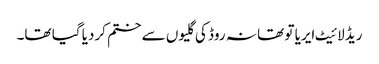
ریڈ لائیٹ ایریا تو تھا نہ روڈ کی گلیوں سے ختم کردیا گیا تھا۔